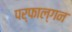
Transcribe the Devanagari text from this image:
पर्फाल्गन